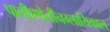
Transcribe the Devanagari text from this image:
पालीएथेलीनग्लायिकाल